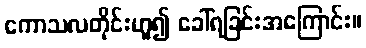
ကောသလတိုင်းဟူ၍ ခေါ်ရခြင်းအကြောင်း။